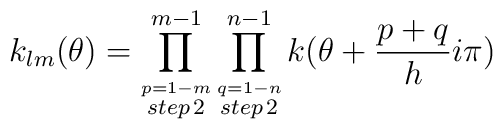
k_{lm}(\theta) = \prod_{\stackrel{p=1-m}{step\,2}}^{m-1}\prod_{\stackrel{q=1-n}{ step\,2}}^{n-1} k(\theta + {p+q\over h}i\pi)